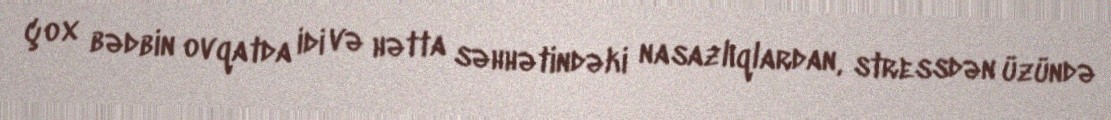
çox bədbin ovqatda idi və hətta səhhətindəki nasazlıqlardan, stressdən üzündə